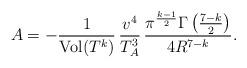
LaTeX: \begin{align*}A= - \frac{1}{ {\rm Vol}(T^k) } \, \frac{v^4}{T_A^3} \, \frac{\pi^\frac{k-1}{2} \Gamma\left(\frac{7-k}{2}\right)}{4 R^{7-k}}.\end{align*}